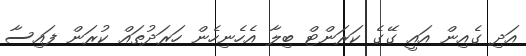
އަދި ގެއިން އައީ ގޭގެ ކަރަންޓް ބިލާ އެހެނިހެން ހަރަދުތައް ކުރަން ފައިސާ